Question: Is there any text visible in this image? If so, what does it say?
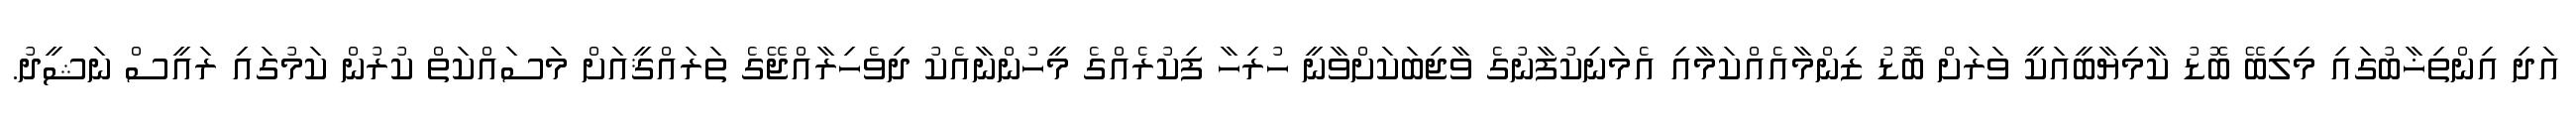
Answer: އަދި އިންތިޚާބުގައި މިލިބޭ ބޮޑު ކާމިޔާބީއަކީ ވަރަށް ބޮޑު ޒިންމާއެއްކަމާއި އެމަނިކުފާނުގެ ވާޖިބަކަށްވާނީ ހުރިހާ ފިކުރެއްގެ މީހުންނާއެކު ދިވެހިރާއްޖޭގެ ތަރައްޤީއަށް މަސައްކަތް ކުރުން ކަމުގައި ރައީސް ނަޝީދު.